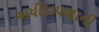
અધીરાપણાની